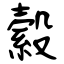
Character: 縠